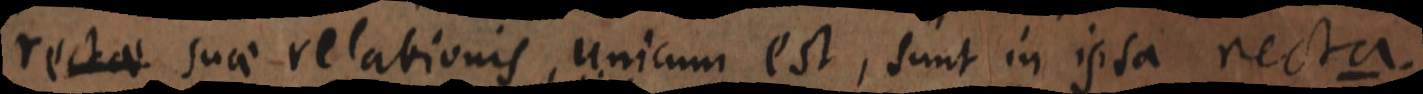
rectae suae relationis unicum est, sunt in ipsa recta.